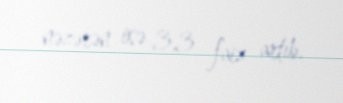
nəzərən isə 3,3 faiz artıb.